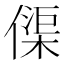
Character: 𠍲